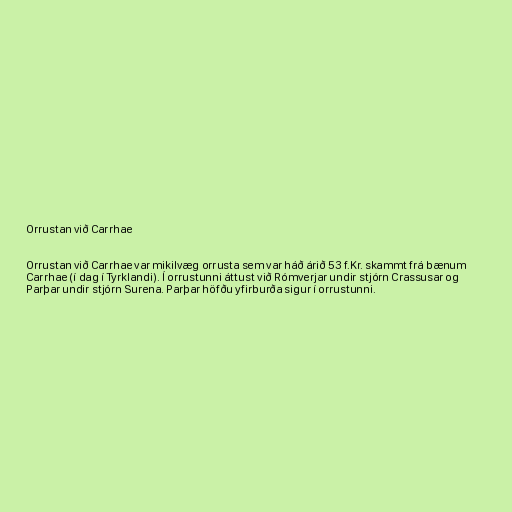
Orrustan við Carrhae

Orrustan við Carrhae var mikilvæg orrusta sem var háð árið 53 f.Kr. skammt frá bænum
Carrhae (í dag í Tyrklandi). Í orrustunni áttust við Rómverjar undir stjórn Crassusar og
Parþar undir stjórn Surena. Parþar höfðu yfirburða sigur í orrustunni.